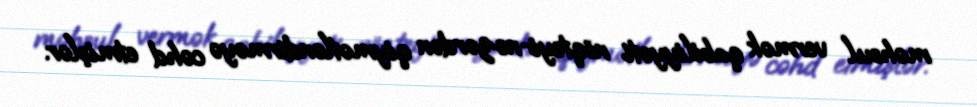
məhsul vermək qabiliyyəti nöqteyi-nəzərdən qiymətləndirməyə cəhd etmişlər.